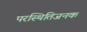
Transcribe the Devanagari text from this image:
परस्थितिजनक